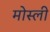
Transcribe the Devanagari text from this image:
मोस्ली